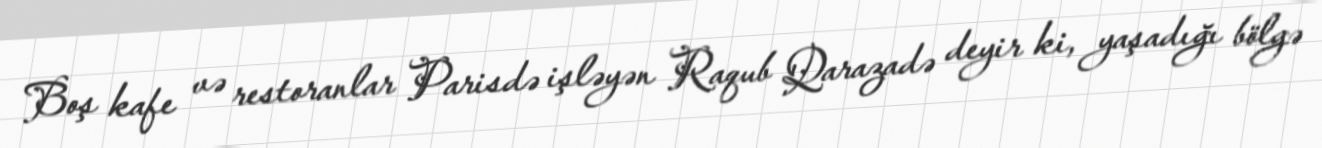
Boş kafe və restoranlar Parisdə işləyən Raqub Qarazadə deyir ki, yaşadığı bölgə